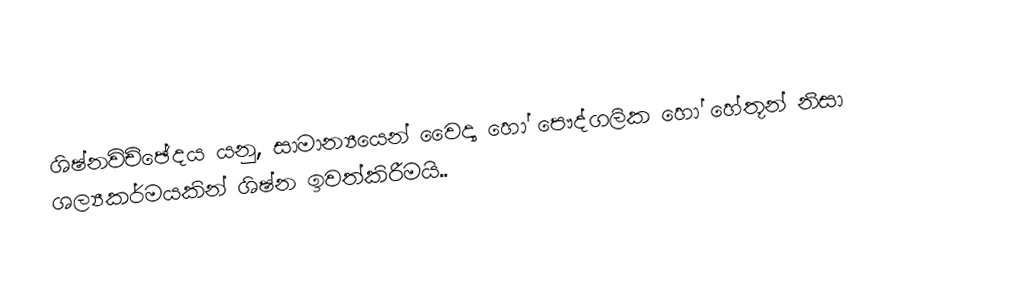
ශිෂ්නවිච්ඡේදය  යනු, සාමාන්‍යයෙන් වෛද්‍ය හෝ පෞද්ගලික හෝ හේතූන් නිසා   ශල්‍යකර්මයකින් ශිෂ්න ඉවත්කිරීමයි..